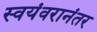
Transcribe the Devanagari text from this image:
स्वयंवरानंतर